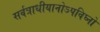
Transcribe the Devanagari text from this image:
सर्वत्राधीयानोऽपविघ्नो